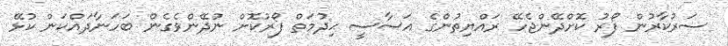
ސަރުކާރުން ފޯރު ކޮށްދޭންޖެހޭ ރައްޔިތުންގެ އަސާސީ ޙިދުމަތް ފޯރުކޮށް ނުދޭންވެގެން ބަހަނާދައްކަން ކުޅޭ